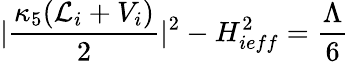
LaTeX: |\frac{\kappa_{5}({\cal L}_{i}+V_{i})}{2}|^{2}-H_{ieff}^{2}=\frac{\Lambda}{6}